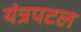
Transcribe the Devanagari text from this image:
यंत्रपटल